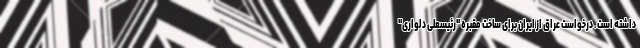
داشته است. درخواست عراق از ایران برای ساخت مقبره "رئیسعلی دلواری"